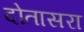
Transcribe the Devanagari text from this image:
दोतासरा